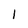
Character: I